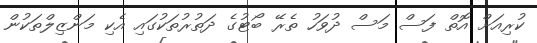
ކުރިއަށް އޮތް ފަސް މަސް ދުވަހު ތެރޭ ބޯޓުގެ ދަތުރުތަކުގައި އެކި މަންޒިލްތަކުން